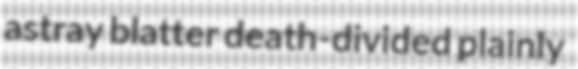
astray blatter death-divided plainly